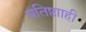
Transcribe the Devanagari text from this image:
प्रतिष्ठााही